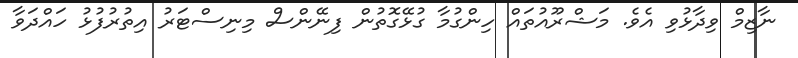
ނާޒިމް ވިދާޅުވި އެވެ. މަޝްރޫއުތައް ހިންގުމާ ގުޅޭގޮތުން ފިނޭންސް މިނިސްޓަރު އިތުރުފުޅު ހައްދަވާ